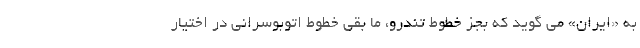
به «ایران» می گوید که بجز خطوط تندرو، ما بقی خطوط اتوبوسرانی در اختیار